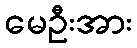
မေဦးအား